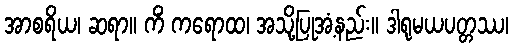
အာစရိယ၊ ဆရာ။ ကိံ ကရောထ၊ အသို့ပြုအံ့နည်း။ ဒါရုမယပတ္တဿ၊